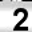
Digit: 2